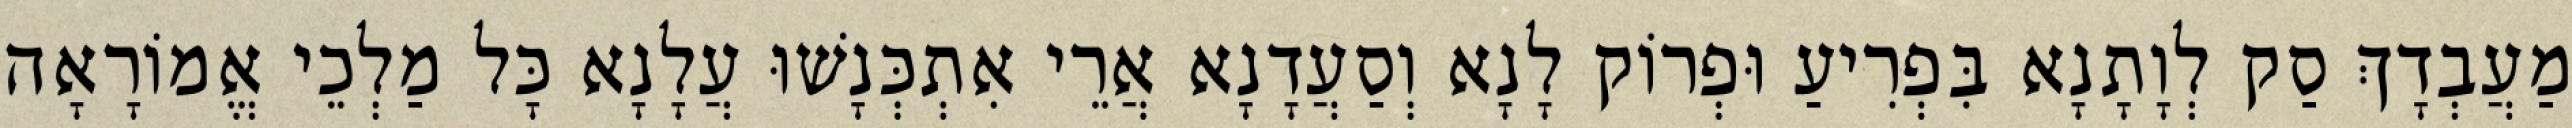
מַעֲבְדָךְ סַק לְוָתָנָא בִּפְרִיעַ וּפְרוֹק לָנָא וְסַעֲדָנָא אֲרֵי אִתְכְּנָשׁוּ עֲלָנָא כָּל מַלְכֵי אֱמוֹרָאָה